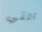
التي